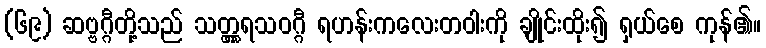
(၆၉) ဆဗ္ဗဂ္ဂီတို့သည် သတ္တ္ကရသဝဂ္ဂီ ရဟန်းကလေးတဝါးကို ချိုင်းထိုး၍ ရှယ်စေ ကုန်၏။